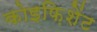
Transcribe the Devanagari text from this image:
कोइफ़िशेंट